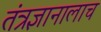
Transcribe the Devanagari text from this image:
तंत्रज्ञानालाच